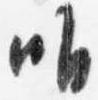
唯